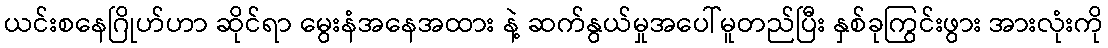
ယင်းစနေဂြိုဟ်ဟာ ဆိုင်ရာ မွေးနံအနေအထား နဲ့ ဆက်နွယ်မှုအပေါ်မူတည်ပြီး နှစ်ခုကြွင်းဖွား အားလုံးကို